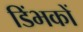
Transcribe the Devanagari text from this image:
डिंभकों